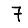
Digit: 7